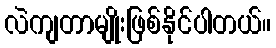
လဲကျတာမျိုးဖြစ်နိုင်ပါတယ်။